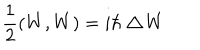
\frac { 1 } { 2 } ( W , W ) = i \hbar \bigtriangleup \! W